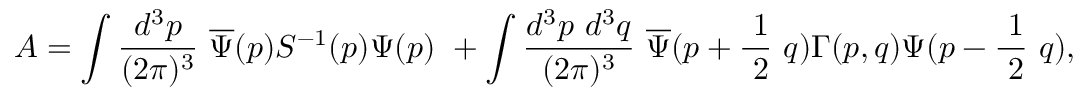
A = \int \frac { d ^ { 3 } p } { ( 2 \pi ) ^ { 3 } } \ \overline { { { \Psi } } } ( p ) S ^ { - 1 } ( p ) \Psi ( p ) \ + \int \frac { d ^ { 3 } p \ d ^ { 3 } q } { ( 2 \pi ) ^ { 3 } } \ \overline { { { \Psi } } } ( p + \frac { \ 1 } { \ 2 } \ q ) \Gamma ( p , q ) \Psi ( p - \frac { \ 1 } { \ 2 } \ q ) ,